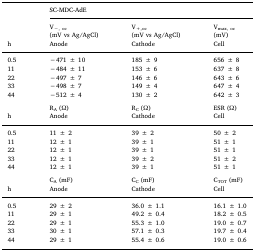
<table><thead><tr><td></td><td colspan="3"><b>SC-MDC-AdE</b></td></tr><tr><td></td><td><b>V<sub>−, oc</sub></b></td><td><b>V<sub>+,oc</sub></b></td><td><b>V<sub>max, oc</sub></b></td></tr><tr><td></td><td><b>(mV vs Ag/AgCl)</b></td><td><b>(mV vs Ag/AgCl)</b></td><td><b>(mV)</b></td></tr><tr><td><b>h</b></td><td><b>Anode</b></td><td><b>Cathode</b></td><td><b>Cell</b></td></tr></thead><tbody><tr><td>0.5</td><td>−471 ± 10</td><td>185 ± 9</td><td>656 ± 8</td></tr><tr><td>11</td><td>−484 ± 11</td><td>153 ± 6</td><td>637 ± 8</td></tr><tr><td>22</td><td>−497 ± 7</td><td>146 ± 6</td><td>643 ± 6</td></tr><tr><td>33</td><td>−498 ± 7</td><td>149 ± 4</td><td>647 ± 4</td></tr><tr><td>44</td><td>−512 ± 4</td><td>130 ± 2</td><td>642 ± 3</td></tr><tr><td colspan="4">  </td></tr><tr><td></td><td>R<sub>A</sub> (Ω)</td><td>R<sub>C</sub> (Ω)</td><td>ESR (Ω)</td></tr><tr><td>h</td><td>Anode</td><td>Cathode</td><td>Cell</td></tr><tr><td>0.5</td><td>11 ± 2</td><td>39 ± 2</td><td>50 ± 2</td></tr><tr><td>11</td><td>12 ± 1</td><td>39 ± 1</td><td>51 ± 1</td></tr><tr><td>22</td><td>12 ± 1</td><td>39 ± 1</td><td>51 ± 1</td></tr><tr><td>33</td><td>12 ± 1</td><td>39 ± 2</td><td>51 ± 2</td></tr><tr><td>44</td><td>12 ± 1</td><td>39 ± 1</td><td>51 ± 1</td></tr><tr><td colspan="4">  </td></tr><tr><td></td><td>C<sub>A</sub> (mF)</td><td>C<sub>C</sub> (mF)</td><td>C<sub>TOT</sub> (mF)</td></tr><tr><td>h</td><td>Anode</td><td>Cathode</td><td>Cell</td></tr><tr><td>0.5</td><td>29 ± 2</td><td>36.0 ± 1.1</td><td>16.1 ± 1.0</td></tr><tr><td>11</td><td>29 ± 1</td><td>49.2 ± 0.4</td><td>18.2 ± 0.5</td></tr><tr><td>22</td><td>29 ± 1</td><td>55.3 ± 1.0</td><td>19.0 ± 0.7</td></tr><tr><td>33</td><td>30 ± 1</td><td>57.1 ± 0.3</td><td>19.7 ± 0.4</td></tr><tr><td>44</td><td>29 ± 1</td><td>55.4 ± 0.6</td><td>19.0 ± 0.6</td></tr></tbody></table>